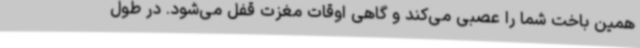
همین باخت شما را عصبی می‌کند و گاهی اوقات مغزت قفل می‌شود. در طول